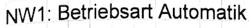
Text: NW1: Betriebsart Automatik